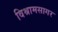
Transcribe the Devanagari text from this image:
विश्रामसागर